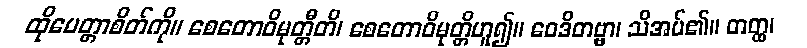
ထိုမေတ္တာစိတ်ကို။ စေတောဝိမုတ္တီတိ၊ စေတောဝိမုတ္တိဟူ၍။ ဝေဒိတဗ္ဗာ၊ သိအပ်၏။ တတ္ထ၊